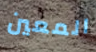
المعين